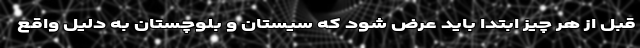
قبل از هر چيز ابتدا بايد عرض شود كه سيستان و بلوچستان به دليل واقع